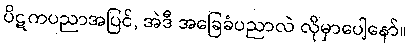
ပိဋကပညာအပြင်, အဲဒီ အခြေခံပညာလဲ လိုမှာပေါ့နော်။